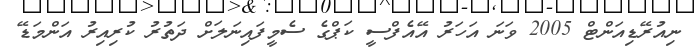
ނިއުރޭޑިއަންޓް 2005 ވަނަ އަހަރު އޭއެފްސީ ކަޕްގެ ސެމީފައިނަލަށް ދަތުރު ކުރިއިރު އަންމަޑޭ